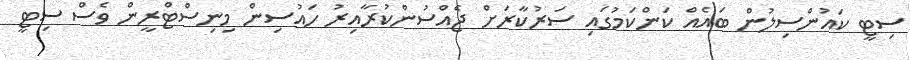
ސިޓީ ކައުންސިލުން ބައެއް ކަންކަމުގައި ސަރުކާރަށް ޖެއްސުންކުރާއިރު ހައުސިން މިނިސްޓްރީން ވެސް ސިޓީ